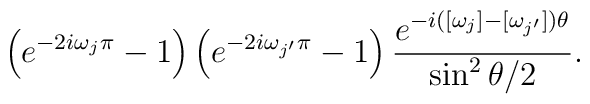
\left(e^{-2i\omega_j\pi}-1\right)\left(e^{-2i\omega_{j^\prime}\pi}-1\right)\frac{e^{-i([\omega_j]-[\omega_{j^\prime}])\theta}}{\sin^2\theta/2}.